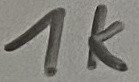
Text: 1K